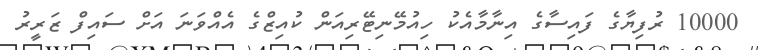
10000 ރުފިޔާގެ ފައިސާގެ އިނާމާއެކު ހިއުމޭނިޓޭރިއަން ކުއިޒްގެ އެއްވަނަ އަށް ސައިފް ޒަރީރު